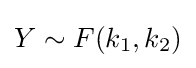
Y\sim F(k_{1},k_{2})